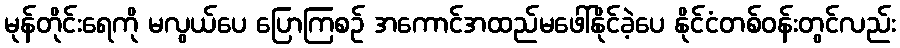
မုန်တိုင်းရေကို မလွယ်ပေ ပြောကြစဉ် အကောင်အထည်မဖေါ်နိုင်ခဲ့ပေ နိုင်ငံတစ်ဝန်းတွင်လည်း